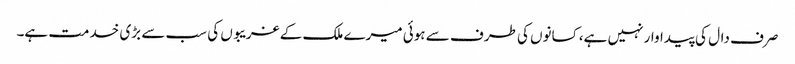
صرف دال کی پیداوار نہیں ہے، کسانوں کی طرف سے ہوئی میرے ملک کے غریبوں کی سب سے بڑی خدمت ہے۔